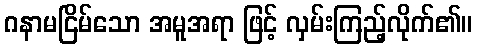
ဂနာမငြိမ်သော အမူအရာ ဖြင့် လှမ်းကြည့်လိုက်၏။